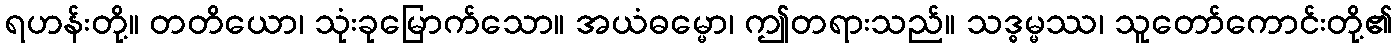
ရဟန်းတို့။ တတိယော၊ သုံးခုမြောက်သော။ အယံဓမ္မော၊ ဤတရားသည်။ သဒ္ဓမ္မဿ၊ သူတော်ကောင်းတို့၏